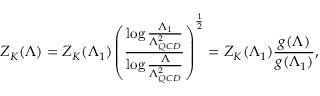
Z _ { K } ( \Lambda ) = Z _ { K } ( \Lambda _ { 1 } ) \left( { \frac { \log { \frac { \Lambda _ { 1 } } { \Lambda _ { Q C D } ^ { 2 } } } } { \log { \frac { \Lambda } { \Lambda _ { Q C D } ^ { 2 } } } } } \right) ^ { \frac { 1 } { 2 } } = Z _ { K } ( \Lambda _ { 1 } ) { \frac { g ( \Lambda ) } { g ( \Lambda _ { 1 } ) } } ,